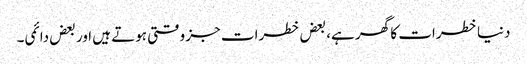
دنیا خطرات کا گھر ہے، بعض خطرات جز وقتی ہوتے ہیں اور بعض دائمی۔